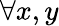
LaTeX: \forall x,y